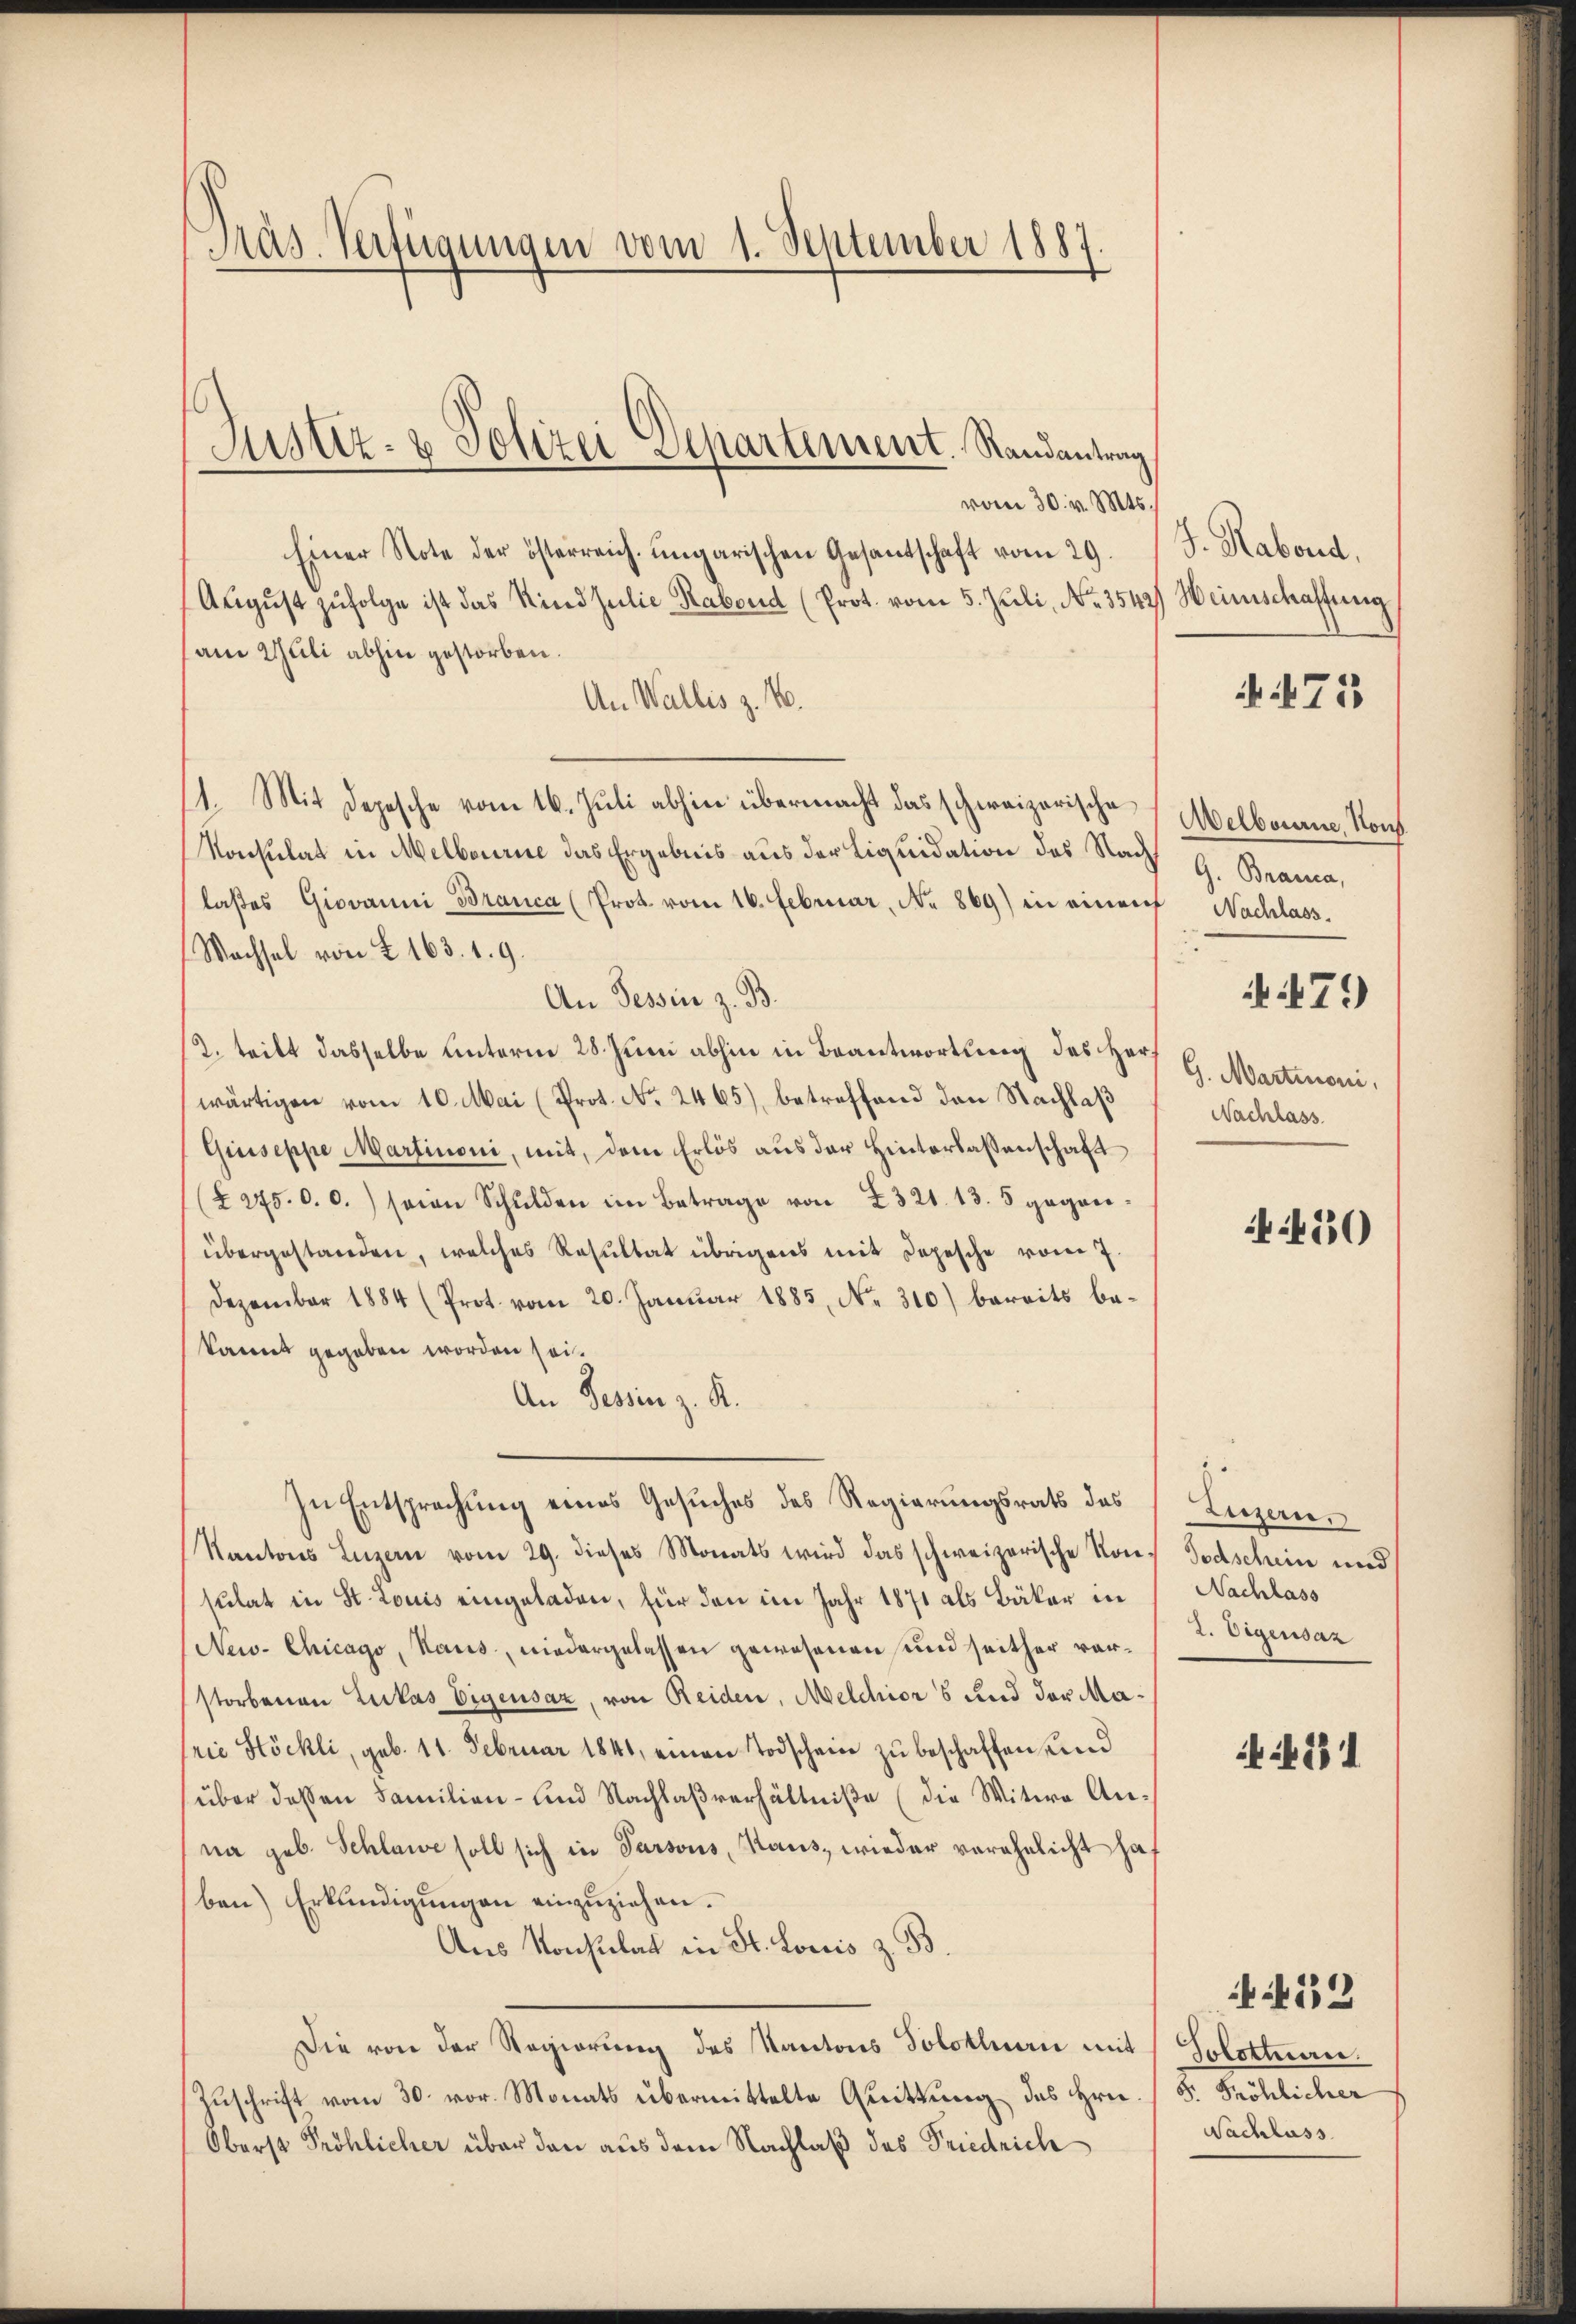
Präs. Verfügungen vom 1. September 1881

vom 30. v. Mts.
Einer Note der österreich ungarischen Gesantschaft vom 29. J. Habond,
Aŭgŭst zŭfolge ist das Kind Julie Rabend (Prot. vom 5. Juli, No. 3542) Heimschaffung
(am Juli abhin gestorben.
An Wallis z. 14.
11. Mit Depesche vom 16. Juli abhin übermacht das schweizerische
Konsulat in Melbourie das Ergebnis aus der Liquidation des Nachlaβes Giovanni Branca (Prot. vom 16. Februar, No 869) in einauf Nachlass.
Wachsel von § 163. 19.
An Tessin z. B.
2. tritt dasselbe Unterm 28. Juni abhin in Beantwortung des Herwärtigen vom 10. Mai (Prot. No. 2465), betreffend den Nachlaß
Giuseppe Martinoni, mit, dem Erlös aus der Hinterlassenschaft
(§ 275. 0. c.) seien Schŭlden im Betrage von 2321. 13. 5 gegen-
übergestanden, welches Resultat übrigens mit Depesche vom 7.
Dezember 1884 (Prot. vom 20. Januar 1885, No. 310) bereits bekannt gegeben worden sei.
An Tessin z. K.
Zu Entsprechung eines Gesuches des Regierungsrath des
Kantons Luzern vom 29. dieses Monats wird das schweizerische Konsulat in St. Louis eingeladen, für den im Jahr 1871 als Bäker in
(New-Chicago, Haus, niedergelassen gewesenen und seither vorstorbenen Lukas Eigensaz, von Reiden, Melchior 6 und der Marie Stöckli, geb. 11. Februar 1841, einen Todschein zu beschaffen, und
über dessen Familien- und Nachlaßverhältniße (die Witwe Anna geb. Schlawe soll sich in Parsous, Haus, wieder verehelicht haben) Erkundigŭngen einzuziehen.
Aus Konsulat in St. Louis z. B.
Die von der Regierung des Kantons Solothurn mit Solottan.
Zŭschrift vom 30. vor. Monats übermittelte Quittung des Hrn. F. Fröhlicher
Oberst Pröhlicher über den aus dem Nachlaß des Friedrich

Justiz- & Polizei Separtement. Randantrag

715

Welbourne, Nous
G. Branca,

79)

G. Martinori
Nachlass

450

Luzern.
Todschein und
Nachlass
2. Segensaz

431

Nachlass

413